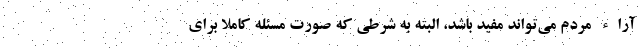
آراء مردم می‌تواند مفید باشد، البته به شرطی که صورت مسئله کاملاً برای